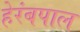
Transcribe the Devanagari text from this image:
हेरंबपाल